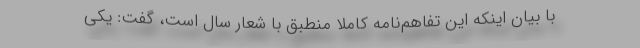
با بیان اینکه این تفاهم‌نامه کاملا منطبق با شعار سال است، گفت: یکی